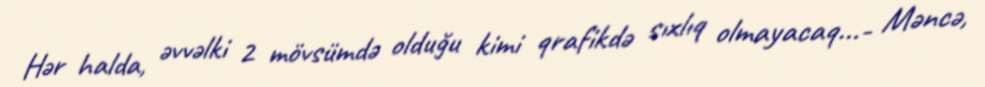
Hər halda, əvvəlki 2 mövsümdə olduğu kimi qrafikdə sıxlıq olmayacaq...- Məncə,